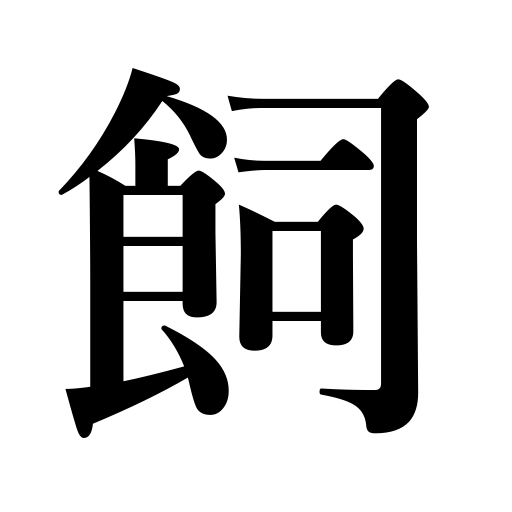
Meanings: raise,keep,raising animals,feed